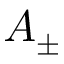
A _ { \pm }